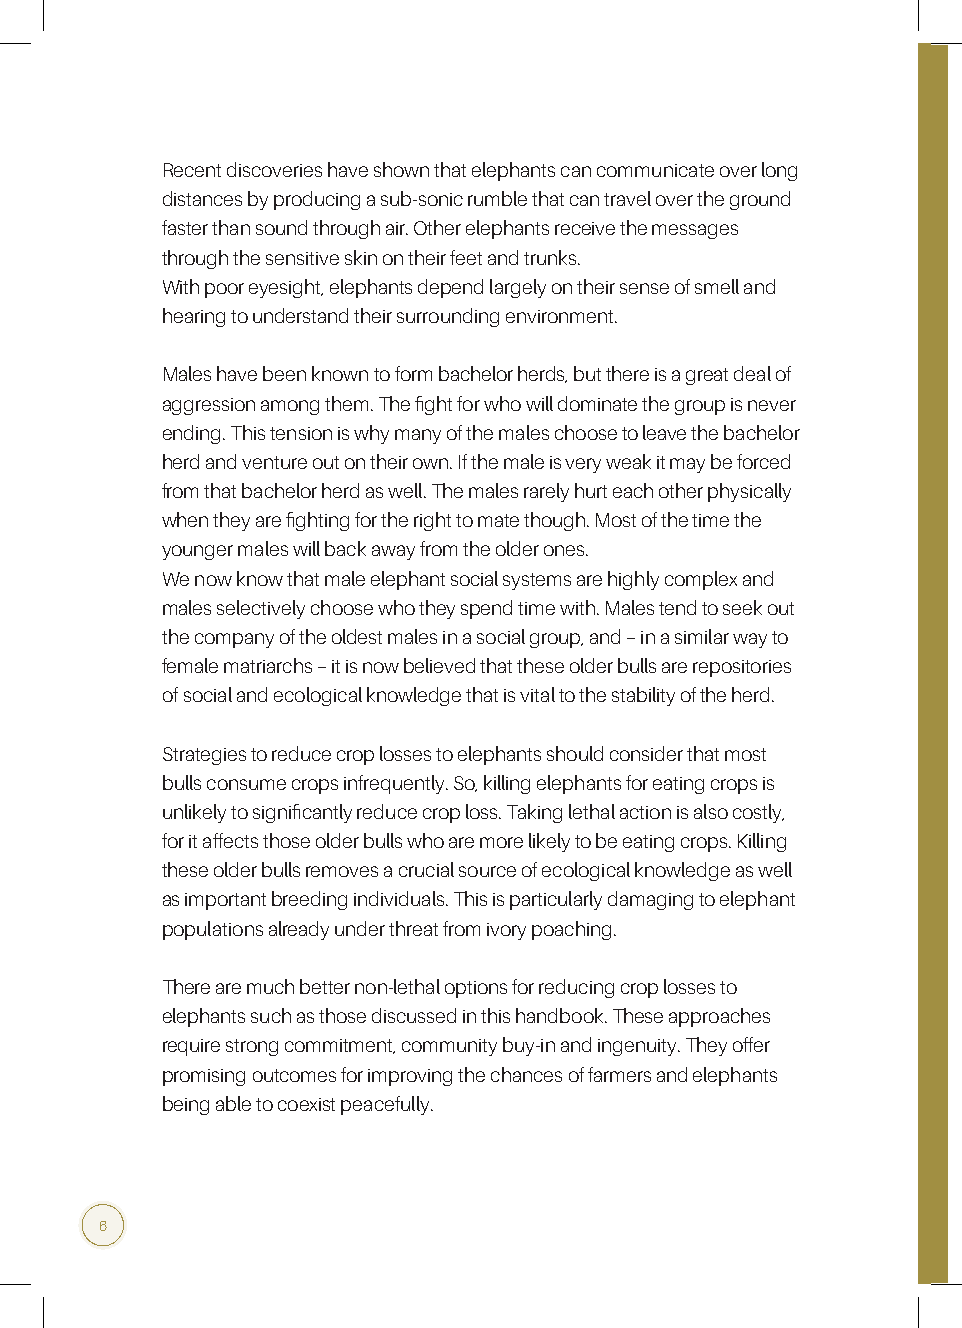
Recent discoveries have shown that elephants can communicate over long
 distances by producing a sub-sonic rumble that can travel over the ground
 faster than sound through air. Other elephants receive the messages
 through the sensitive skin on their feet and trunks.
 With poor eyesight, elephants depend largely on their sense of smell and
 hearing to understand their surrounding environment.
 Males have been known to form bachelor herds, but there is a great deal of
 aggression among them. The fight for who will dominate the group is never
 ending. This tension is why many of the males choose to leave the bachelor
 herd and venture out on their own. If the male is very weak it may be forced
 from that bachelor herd as well. The males rarely hurt each other physically
 when they are fighting for the right to mate though. Most of the time the
 younger males will back away from the older ones.
 We now know that male elephant social systems are highly complex and
 males selectively choose who they spend time with. Males tend to seek out
 the company of the oldest males in a social group, and – in a similar way to
 female matriarchs – it is now believed that these older bulls are repositories
 of social and ecological knowledge that is vital to the stability of the herd.
 Strategies to reduce crop losses to elephants should consider that most
 bulls consume crops infrequently. So, killing elephants for eating crops is
 unlikely to significantly reduce crop loss. Taking lethal action is also costly,
 for it affects those older bulls who are more likely to be eating crops. Killing
 these older bulls removes a crucial source of ecological knowledge as well
 as important breeding individuals. This is particularly damaging to elephant
 populations already under threat from ivory poaching.
 There are much better non-lethal options for reducing crop losses to
 elephants such as those discussed in this handbook. These approaches
 require strong commitment, community buy-in and ingenuity. They offer
 promising outcomes for improving the chances of farmers and elephants
 being able to coexist peacefully.
 6